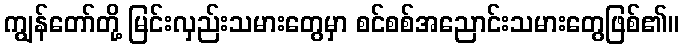
ကျွန်တော်တို့ မြင်းလှည်းသမားတွေမှာ စင်စစ်အညောင်းသမားတွေဖြစ်၏။